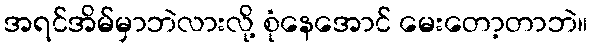
အရင်အိမ်မှာဘဲလားလို့ စုံနေအောင် မေးတော့တာဘဲ။